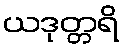
ယဒုတ္တရိ